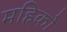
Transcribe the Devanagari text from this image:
महिको